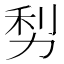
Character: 𠡩